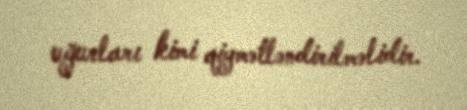
uğurları kimi qiymətləndirilməlidir.